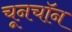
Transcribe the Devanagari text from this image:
चूनचॉन